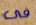
فى